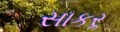
સાકરૢ